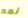
نعم